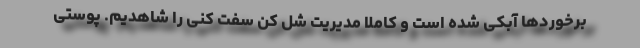
برخوردها آبکی شده است و کاملا مدیریت شل کن سفت کنی را شاهدیم. پوستی